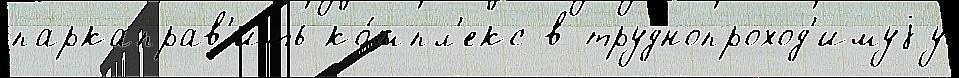
паркаправ'ить ко́мпл'екс в труднопроход'имуjу